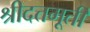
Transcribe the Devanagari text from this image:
श्रीदत्तमूर्ती